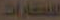
الكارات